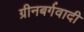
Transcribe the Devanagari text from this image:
ग्रीनबर्गवादी